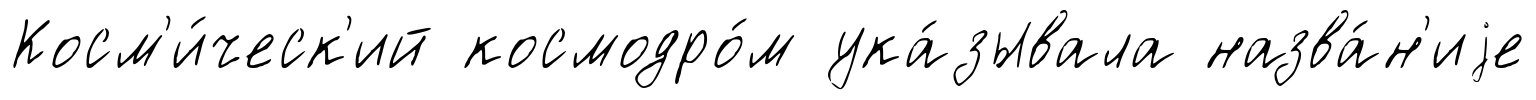
Косм'и́ческ'ий космодро́м ука́зывала назва́н'иjе